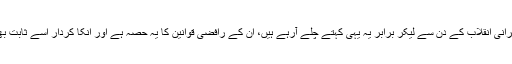
1979 میں ایرانى انقلاب کے دن سے لیکر برابر یہ یہى کہتے چلے آرہے ہیں، ان کے رافضى قوانین کا یہ حصہ ہے اور انکا کردار اسے ثابت بهى کررہا ہے۔